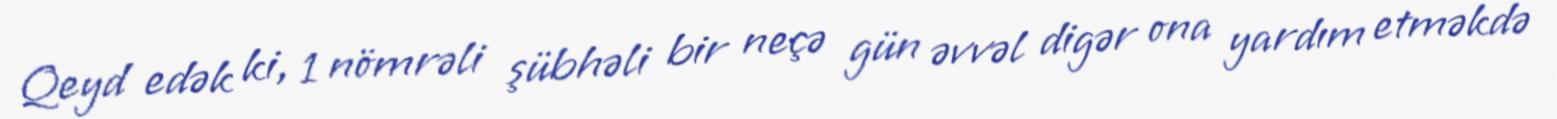
Qeyd edək ki, 1 nömrəli şübhəli bir neçə gün əvvəl digər ona yardım etməkdə